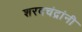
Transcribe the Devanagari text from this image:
शरदचंद्रांनी